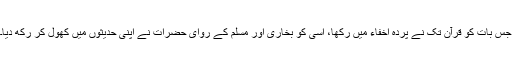
جس بات کو قرآن تک نے پردہ اخفاء میں رکھا، اسی کو بخاری اور مسلم کے روای حضرات نے اپنی حدیثوں میں کھول کر رکھ دیا۔